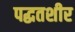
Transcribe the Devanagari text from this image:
पद्घतशीर